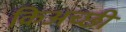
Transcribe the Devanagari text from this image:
किअच्छी